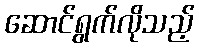
ဆောင်ရွက်လိုသည့်